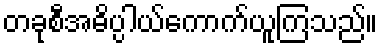
တခုစီအဓိပ္ပါယ်ကောက်ယူကြသည်။